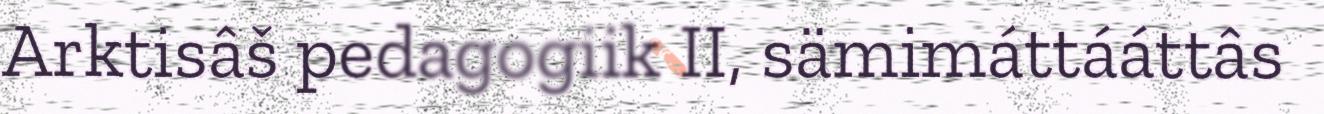
Arktisâš pedagogiik II, sämimáttááttâs